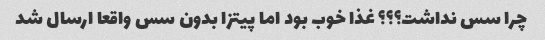
چرا سس نداشت؟؟؟ غذا خوب بود اما پیتزا بدون سس واقعا ارسال شد